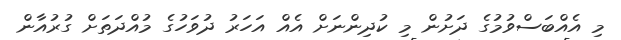
މި އެއްބަސްވުމުގެ ދަށުން މި ކުދިންނަށް އެއް އަހަރު ދުވަހުގެ މުއްދަތަށް ގުރުއާން